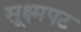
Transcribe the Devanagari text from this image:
सूक्ष्मपट